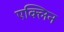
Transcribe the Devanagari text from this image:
एक्लिन